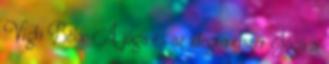
Vígh Béla: A jóga és az idegrendszer Jóga a